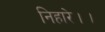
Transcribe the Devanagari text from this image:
निहारे।।